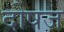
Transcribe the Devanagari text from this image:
दोषज